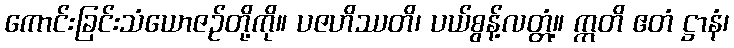
ကောင်းခြင်းသံယောဇဉ်တို့ကို။ ပဇဟိဿတိ၊ ပယ်စွန့်လတ္တံ့။ ဣတိ ဧတံ ဋ္ဌာနံ၊